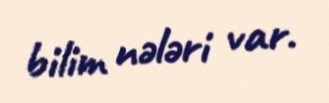
bilim nələri var.